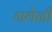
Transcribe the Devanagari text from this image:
गवेनी